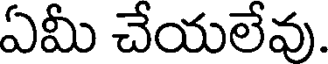
ఏమీ చేయలేవు.